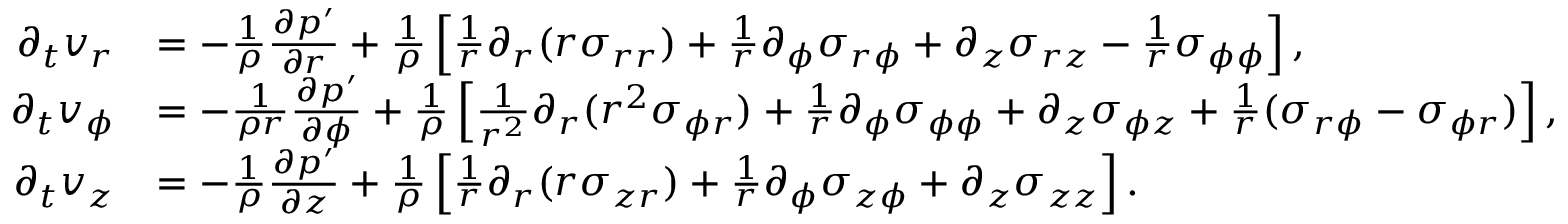
\begin{array} { r l } { \partial _ { t } v _ { r } } & { = - \frac { 1 } { \rho } \frac { \partial p ^ { \prime } } { \partial r } + \frac { 1 } { \rho } \left[ \frac { 1 } { r } \partial _ { r } ( r \sigma _ { r r } ) + \frac { 1 } { r } \partial _ { \phi } \sigma _ { r \phi } + \partial _ { z } \sigma _ { r z } - \frac { 1 } { r } \sigma _ { \phi \phi } \right] , } \\ { \partial _ { t } v _ { \phi } } & { = - \frac { 1 } { \rho r } \frac { \partial p ^ { \prime } } { \partial \phi } + \frac { 1 } { \rho } \left[ \frac { 1 } { r ^ { 2 } } \partial _ { r } ( r ^ { 2 } \sigma _ { \phi r } ) + \frac { 1 } { r } \partial _ { \phi } \sigma _ { \phi \phi } + \partial _ { z } \sigma _ { \phi z } + \frac { 1 } { r } ( \sigma _ { r \phi } - \sigma _ { \phi r } ) \right] , } \\ { \partial _ { t } v _ { z } } & { = - \frac { 1 } { \rho } \frac { \partial p ^ { \prime } } { \partial z } + \frac { 1 } { \rho } \left[ \frac { 1 } { r } \partial _ { r } ( r \sigma _ { z r } ) + \frac { 1 } { r } \partial _ { \phi } \sigma _ { z \phi } + \partial _ { z } \sigma _ { z z } \right] . } \end{array}